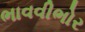
ભાવવીભોર